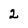
Character: 2